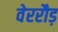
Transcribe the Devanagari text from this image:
वेररौड़